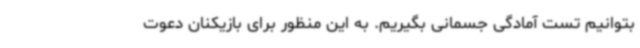
بتوانیم تست آمادگی جسمانی بگیریم. به این منظور برای بازیکنان دعوت